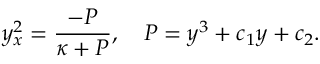
y _ { x } ^ { 2 } = \frac { - P } { \kappa + P } , \quad P = y ^ { 3 } + c _ { 1 } y + c _ { 2 } .